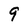
Character: 9